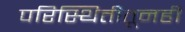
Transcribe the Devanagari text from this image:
परिस्थितीतूनही